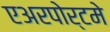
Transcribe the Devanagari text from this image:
एअरपोर्टमे